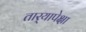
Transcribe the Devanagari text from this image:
तार्‍यापेक्षा